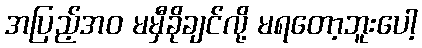
အပြည့်အဝ မမှီခိုချင်လို့ မရတော့ဘူးပေါ့